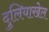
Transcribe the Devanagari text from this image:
दुलियाखेल